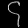
Digit: ၄